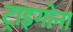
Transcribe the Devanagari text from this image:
ट्राइगोना